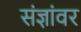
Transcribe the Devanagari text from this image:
संज्ञांवर